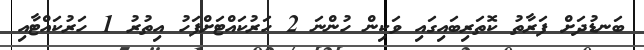
ބަނޑުދަށް ފަރާތު ކޮތަރިބައިގައި ވަކިން ހުންނަ 2 ހަރުކައްޓަށްފަހު އިތުރު 1 ހަރުކައްޓާއި